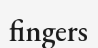
fingers